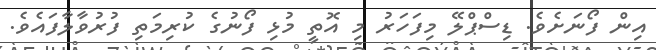
އިން ފޯނަށެވެ. ޑިސްޕްލޭ މިފަހަރު މި އޮތީ މުޅި ފޯނުގެ ކުރިމަތި ފުރުވާލާފައެވެ.